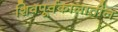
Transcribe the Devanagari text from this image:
शिवपूर्वकालातील